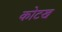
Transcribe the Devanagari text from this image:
कोटख